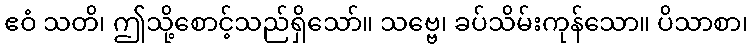
ဧဝံ သတိ၊ ဤသို့စောင့်သည်ရှိသော်။ သဗ္ဗေ၊ ခပ်သိမ်းကုန်သော။ ပိသာစာ၊